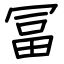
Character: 冨